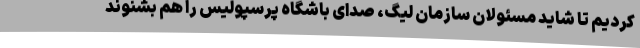
کردیم تا شاید مسئولان سازمان لیگ، صدای باشگاه پرسپولیس را هم بشنوند